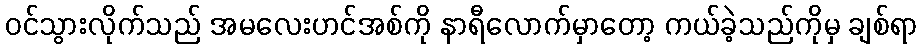
ဝင်သွားလိုက်သည် အမလေးဟင်အစ်ကို နာရီလောက်မှာတော့ ကယ်ခဲ့သည်ကိုမှ ချစ်ရာ